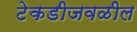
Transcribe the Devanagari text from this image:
टेकडीजवळील